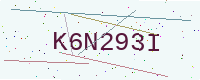
Text: K6N293I